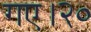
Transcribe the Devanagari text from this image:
गए।२०